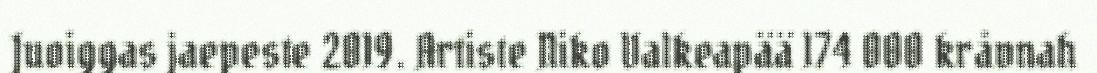
Juoiggas jaepeste 2019. Artiste Niko Valkeapää 174 000 kråvnah